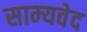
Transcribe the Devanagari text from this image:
साम्‍यवेद